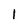
Character: 1